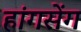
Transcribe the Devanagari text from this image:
हांगसेंग